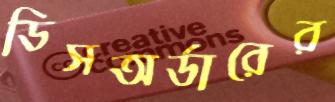
ডিসঅর্ডারের